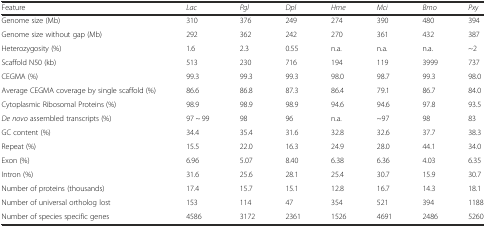
| Feature | Lac | Pgl | Dpl | Hme | Mci | Bmo | Pxy |
 | --- | --- | --- | --- | --- | --- | --- | --- |
 | Genome size (Mb) | 310 | 376 | 249 | 274 | 390 | 480 | 394 |
 | Genome size without gap (Mb) | 292 | 362 | 242 | 270 | 361 | 432 | 387 |
 | Heterozygosity (%) | 1.6 | 2.3 | 0.55 | n.a. | n.a. | n.a. | ~2 |
 | Scaffold N50 (kb) | 513 | 230 | 716 | 194 | 119 | 3999 | 737 |
 | CEGMA (%) | 99.3 | 99.3 | 99.3 | 98.0 | 98.7 | 99.3 | 98.0 |
 | Average CEGMA coverage by single scaffold (%) | 86.6 | 86.8 | 87.3 | 86.4 | 79.1 | 86.7 | 84.0 |
 | Cytoplasmic Ribosomal Proteins (%) | 98.9 | 98.9 | 98.9 | 94.6 | 94.6 | 97.8 | 93.5 |
 | De novo assembled transcripts (%) | 97 ~ 99 | 98 | 96 | n.a. | ~97 | 98 | 83 |
 | GC content (%) | 34.4 | 35.4 | 31.6 | 32.8 | 32.6 | 37.7 | 38.3 |
 | Repeat (%) | 15.5 | 22.0 | 16.3 | 24.9 | 28.0 | 44.1 | 34.0 |
 | Exon (%) | 6.96 | 5.07 | 8.40 | 6.38 | 6.36 | 4.03 | 6.35 |
 | Intron (%) | 31.6 | 25.6 | 28.1 | 25.4 | 30.7 | 15.9 | 30.7 |
 | Number of proteins (thousands) | 17.4 | 15.7 | 15.1 | 12.8 | 16.7 | 14.3 | 18.1 |
 | Number of universal ortholog lost | 153 | 114 | 47 | 354 | 521 | 394 | 1188 |
 | Number of species specific genes | 4586 | 3172 | 2361 | 1526 | 4691 | 2486 | 5260 |